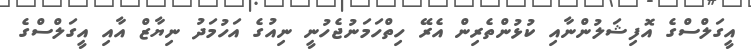
އީގަލްސްގެ އޮފިޝަލުންނާއި ކުޅުންތެރިން އެރޭ ހިތްހަމަނުޖެހުނީ ނިއުގެ އަހުމަދު ނިޔާޒް އާއި އީގަލްސްގެ